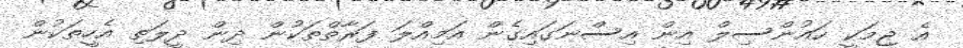
އެ ޖިމަކީ ކައުންސިލް އިން އިސްނަގައިގެން އަމިއްލަ ފަރާތްތަކުން ދިން ދީލަތި އެހީތަކުން